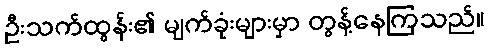
ဦးသက်ထွန်း၏ မျက်ခုံးများမှာ တွန့်နေကြသည်။